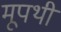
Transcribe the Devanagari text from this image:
मूपथी